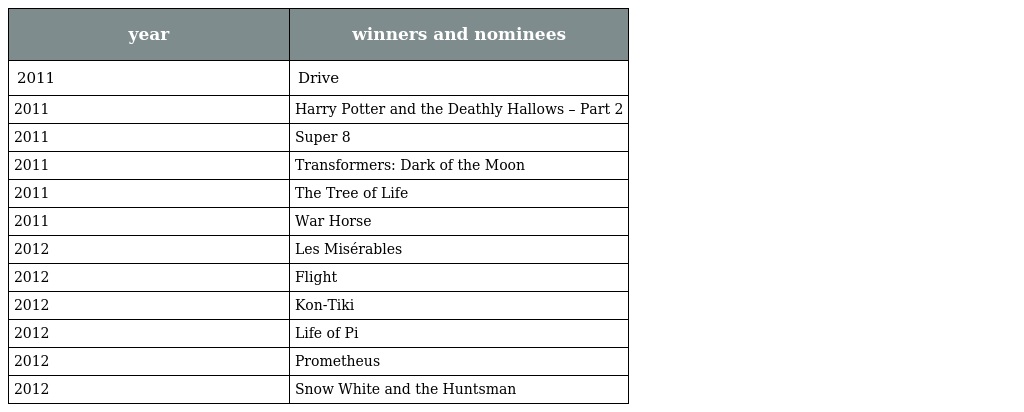
| year | winners and nominees |
 | --- | --- |
 | 2011 | Drive |
 | 2011 | Harry Potter and the Deathly Hallows – Part 2 |
 | 2011 | Super 8 |
 | 2011 | Transformers: Dark of the Moon |
 | 2011 | The Tree of Life |
 | 2011 | War Horse |
 | 2012 | Les Misérables |
 | 2012 | Flight |
 | 2012 | Kon-Tiki |
 | 2012 | Life of Pi |
 | 2012 | Prometheus |
 | 2012 | Snow White and the Huntsman |